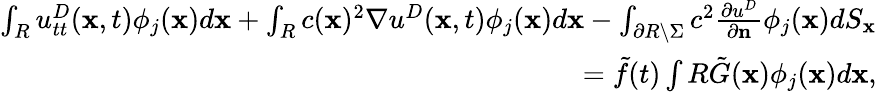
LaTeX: \begin{array}{r}{\int_{R}u_{tt}^{D}(\mathbf x,t)\phi_{j}(\mathbf x)d\mathbf x+\int_{R}c(\mathbf x)^{2}\nabla u^{D}(\mathbf x,t)\phi_{j}(\mathbf x)d\mathbf x-\int_{\partial R\setminus\Sigma}c^{2}{\frac{\partial u^{D}}{\partial\mathbf n}}\phi_{j}(\mathbf x)dS_{\mathbf x}}\\ {=\tilde{f}(t)\int R\tilde{G}(\mathbf x)\phi_{j}(\mathbf x)d\mathbf x,}\end{array}